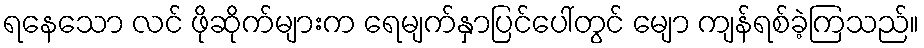
ရနေသော လင် ဖိုဆိုက်များက ရေမျက်နှာပြင်ပေါ်တွင် မျော ကျန်ရစ်ခဲ့ကြသည်။